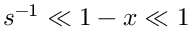
s ^ { - 1 } \ll 1 - x \ll 1